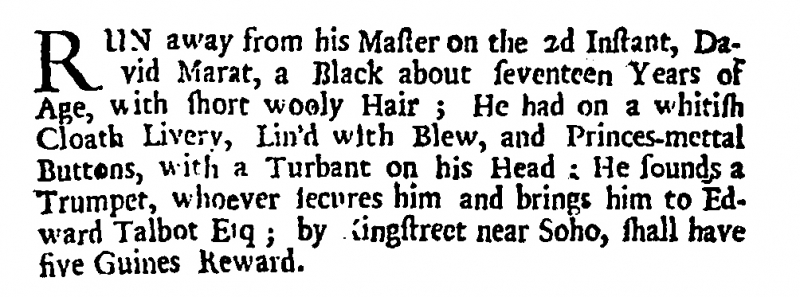
British Apollo, 13 February 1708 (England)
RUN away from his Master on the 2d Instant, David Marat, a Black about seventeen Years of Age, with short wooly Hair; He had on a whitish Cloath Livery, Lin’d with Blew, and Princes-mettal Buttons, with a Turbant on his Head: He sounds a Trumpet, whoever secures him and brings him to Edward Talbot Esq; by Kingstreet near Soho, shall have five Guines Reward.